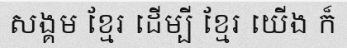
សង្គម ខ្មែរ ដើម្បី ខ្មែរ យើង ក៏